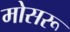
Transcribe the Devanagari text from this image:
मोसरू